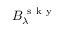
B _ { \lambda } ^ { \mathrm { ~ s ~ k ~ y ~ } }